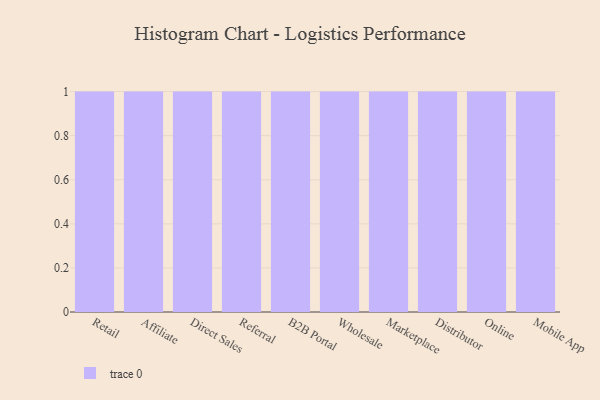
{"axis": {"x": "Channel", "y": "Backlog"}, "legend": [""], "data": [{"x": "Retail", "y": 97, "type": ""}, {"x": "Affiliate", "y": 48, "type": ""}, {"x": "Direct Sales", "y": 11, "type": ""}, {"x": "Referral", "y": 1, "type": ""}, {"x": "B2B Portal", "y": 1, "type": ""}, {"x": "Wholesale", "y": 69, "type": ""}, {"x": "Marketplace", "y": 58, "type": ""}, {"x": "Distributor", "y": 50, "type": ""}, {"x": "Online", "y": 12, "type": ""}, {"x": "Mobile App", "y": 91, "type": ""}]}